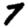
Digit: 7